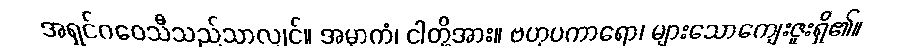
အရှင်ဂဝေသီသည်သာလျှင်။ အမှာကံ၊ ငါတို့အား။ ဗဟုပကာရော၊ များသောကျေးဇူးရှိ၏။